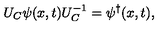
U _ { C } \psi ( x , t ) U _ { C } ^ { - 1 } = \psi ^ { \dagger } ( x , t ) ,